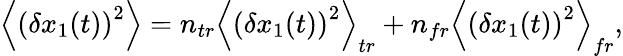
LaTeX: \left\langle\left(\delta x_{1}(t)\right)^{2}\right\rangle=n_{tr}\left\langle\left(\delta x_{1}(t)\right)^{2}\right\rangle_{tr}+n_{fr}\left\langle\left(\delta x_{1}(t)\right)^{2}\right\rangle_{fr},